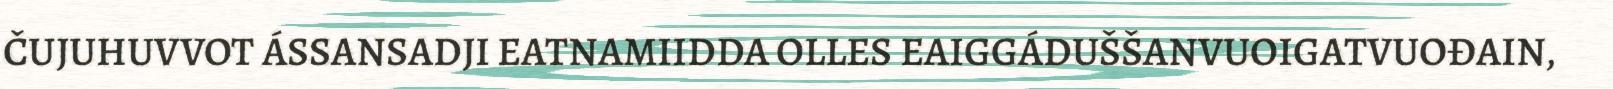
ČUJUHUVVOT ÁSSANSADJI EATNAMIIDDA OLLES EAIGGÁDUŠŠANVUOIGATVUOĐAIN,